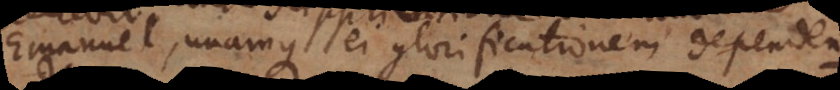
Emanuel, unamque ei glorificationem dependendam.